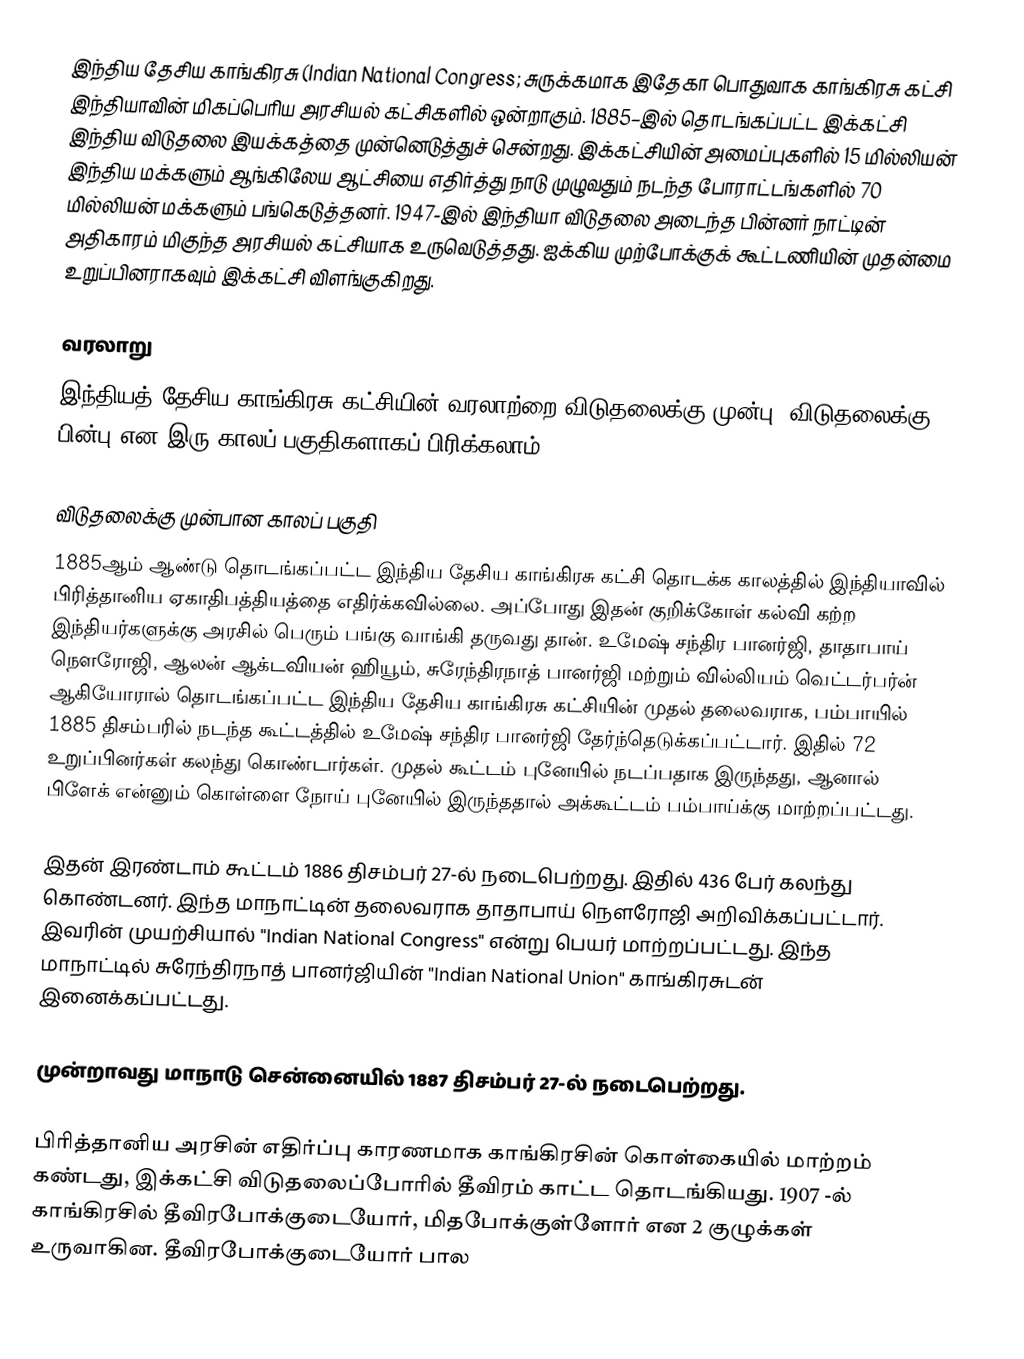
இந்திய தேசிய காங்கிரசு (Indian National Congress; சுருக்கமாக இதேகா  பொதுவாக  காங்கிரசு கட்சி  இந்தியாவின் மிகப்பெரிய அரசியல் கட்சிகளில் ஒன்றாகும். 1885–இல் தொடங்கப்பட்ட இக்கட்சி இந்திய விடுதலை இயக்கத்தை முன்னெடுத்துச் சென்றது. இக்கட்சியின் அமைப்புகளில் 15 மில்லியன் இந்திய மக்களும் ஆங்கிலேய ஆட்சியை எதிர்த்து நாடு முழுவதும் நடந்த போராட்டங்களில் 70 மில்லியன் மக்களும் பங்கெடுத்தனர். 1947-இல் இந்தியா விடுதலை அடைந்த பின்னர் நாட்டின் அதிகாரம் மிகுந்த அரசியல் கட்சியாக உருவெடுத்தது. ஐக்கிய முற்போக்குக் கூட்டணியின் முதன்மை உறுப்பினராகவும் இக்கட்சி விளங்குகிறது.

வரலாறு
இந்தியத் தேசிய காங்கிரசு கட்சியின் வரலாற்றை விடுதலைக்கு முன்பு, விடுதலைக்கு பின்பு என இரு காலப் பகுதிகளாகப் பிரிக்கலாம்.

விடுதலைக்கு முன்பான காலப் பகுதி
1885ஆம் ஆண்டு தொடங்கப்பட்ட இந்திய தேசிய காங்கிரசு கட்சி தொடக்க காலத்தில் இந்தியாவில் பிரித்தானிய ஏகாதிபத்தியத்தை எதிர்க்கவில்லை. அப்போது இதன் குறிக்கோள் கல்வி கற்ற இந்தியர்களுக்கு அரசில் பெரும் பங்கு வாங்கி தருவது தான். உமேஷ் சந்திர பானர்ஜி, தாதாபாய் நௌரோஜி, ஆலன் ஆக்டவியன் ஹியூம், சுரேந்திரநாத் பானர்ஜி மற்றும் வில்லியம் வெட்டர்பர்ன்  ஆகியோரால் தொடங்கப்பட்ட இந்திய தேசிய காங்கிரசு கட்சியின் முதல் தலைவராக, பம்பாயில் 1885 திசம்பரில் நடந்த கூட்டத்தில் உமேஷ் சந்திர பானர்ஜி தேர்ந்தெடுக்கப்பட்டார். இதில் 72 உறுப்பினர்கள் கலந்து கொண்டார்கள். முதல் கூட்டம் புனேயில் நடப்பதாக இருந்தது, ஆனால் பிளேக் என்னும் கொள்ளை நோய் புனேயில் இருந்ததால் அக்கூட்டம் பம்பாய்க்கு மாற்றப்பட்டது.

இதன் இரண்டாம் கூட்டம் 1886 திசம்பர் 27-ல் நடைபெற்றது. இதில் 436 பேர் கலந்து கொண்டனர். இந்த மாநாட்டின் தலைவராக தாதாபாய் நௌரோஜி அறிவிக்கப்பட்டார். இவரின் முயற்சியால் "Indian National Congress" என்று பெயர் மாற்றப்பட்டது. இந்த மாநாட்டில் சுரேந்திரநாத் பானர்ஜியின் "Indian National Union" காங்கிரசுடன் இனைக்கப்பட்டது.

முன்றாவது மாநாடு சென்னையில் 1887 திசம்பர் 27-ல் நடைபெற்றது.

பிரித்தானிய அரசின் எதிர்ப்பு காரணமாக காங்கிரசின் கொள்கையில் மாற்றம் கண்டது, இக்கட்சி விடுதலைப்போரில் தீவிரம் காட்ட தொடங்கியது. 1907 -ல் காங்கிரசில் தீவிரபோக்குடையோர், மிதபோக்குள்ளோர் என 2 குழுக்கள் உருவாகின. தீவிரபோக்குடையோர் பால